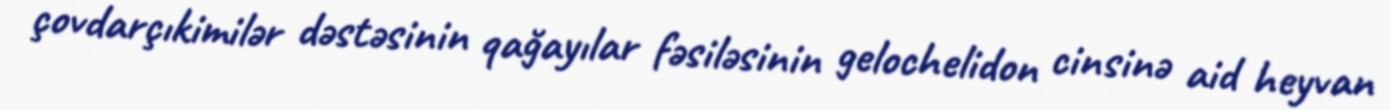
çovdarçıkimilər dəstəsinin qağayılar fəsiləsinin gelochelidon cinsinə aid heyvan